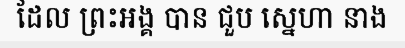
ដែល ព្រះអង្គ បាន ជួប ស្នេហា នាង